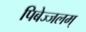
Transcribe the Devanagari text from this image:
पिबेज्जलम्